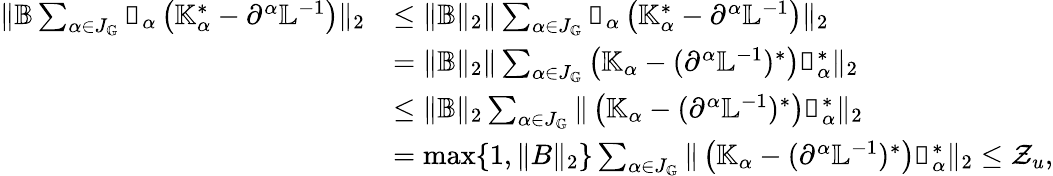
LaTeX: \begin{array}{rl}{\| \mathbb{B}\sum_{\alpha\in J_{\mathbb{G}}}\mathbb{v}_{\alpha}\left(\mathbb{K}_{\alpha}^{*}-\partial^{\alpha}\mathbb{L}^{-1}\right)\| _{2}}&{\leq\| \mathbb{B}\| _{2}\| \sum_{\alpha\in J_{\mathbb{G}}}\mathbb{v}_{\alpha}\left(\mathbb{K}_{\alpha}^{*}-\partial^{\alpha}\mathbb{L}^{-1}\right)\| _{2}}\\ &{=\| \mathbb{B}\| _{2}\| \sum_{\alpha\in J_{\mathbb{G}}}\left(\mathbb{K}_{\alpha}-(\partial^{\alpha}\mathbb{L}^{-1})^{*}\right)\mathbb{v}_{\alpha}^{*}\| _{2}}\\ &{\leq\| \mathbb{B}\| _{2}\sum_{\alpha\in J_{\mathbb{G}}}\| \left(\mathbb{K}_{\alpha}-(\partial^{\alpha}\mathbb{L}^{-1})^{*}\right)\mathbb{v}_{\alpha}^{*}\| _{2}}\\ &{=\operatorname*{max}\{ 1,\| B\| _{2}\} \sum_{\alpha\in J_{\mathbb{G}}}\| \left(\mathbb{K}_{\alpha}-(\partial^{\alpha}\mathbb{L}^{-1})^{*}\right)\mathbb{v}_{\alpha}^{*}\| _{2}\le\mathcal{Z}_{u},}\end{array}